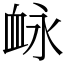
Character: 䘑